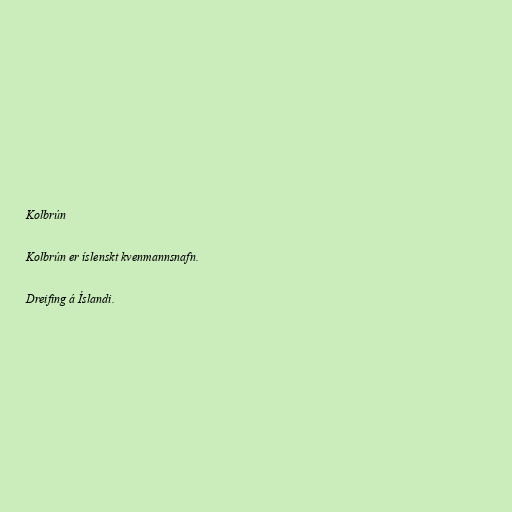
Kolbrún

Kolbrún er íslenskt kvenmannsnafn.

Dreifing á Íslandi.